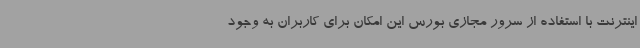
اینترنت با استفاده از سرور مجازی بورس این امکان برای کاربران به وجود